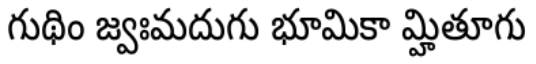
గుథిం జ్వఃమదుగు భూమికా మ్హితూగు